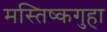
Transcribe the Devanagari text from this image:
मस्तिष्कगुहा